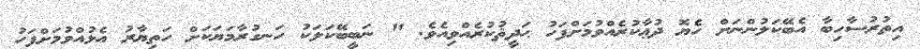
އިތުރުސާހިބާ އެބޭކަލުންނަށް ހެޔޮ ދުޢާކުރެއްވުމަށްފަހު ޙަދީޘުކުރެއްވިއެވެ. " ނަބީބޭކަލަކު ހަނގުރާމަޔަކަށް ހަތިޔާރު އެޅުއްވުމަށްފަހު